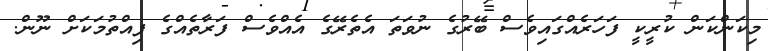
މިކަންކަން ކުރީކީ ފަހަރެއްގައިވެސް ބޭރުގެ ނުވަތަ އެތެރޭގެ އެއްވެސް ފަރާތެއްގެ ފިއްތުމަކަށް ނޫން.